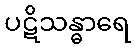
ပဋိသန္ဓာရေ